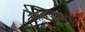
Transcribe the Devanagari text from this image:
लावण्यप्रभा